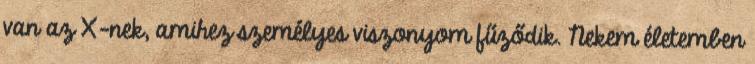
van az X-nek, amihez személyes viszonyom fűződik. Nekem életemben